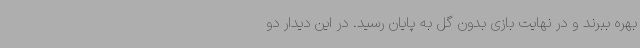
بهره ببرند و در نهایت بازی بدون گل به پایان رسید. در این دیدار دو